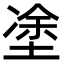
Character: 𡍼